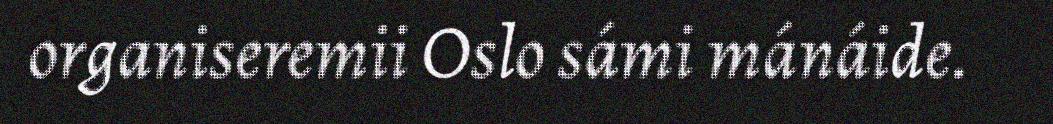
organiseremii Oslo sámi mánáide.